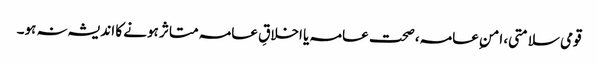
قومی سلامتی، امنِ عامہ، صحت عامہ یا اخلاقِ عامہ متاثر ہونے کا اندیشہ نہ ہو۔